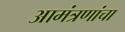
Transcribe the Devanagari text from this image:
आमंत्रणांचा